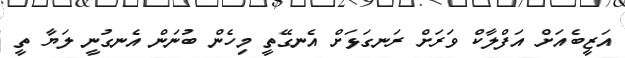
އަޒީބެއަށް އަފްލާކް ވަރަށް ރަނގަޅަށް އެނގޭތީ މިހެން ބުނަން އެނގުނީ ލަޔާ ތީ